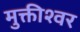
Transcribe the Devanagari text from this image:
मुक्तीश्वर